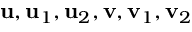
\mathbf { u } , \mathbf { u } _ { 1 } , \mathbf { u } _ { 2 } , \mathbf { v } , \mathbf { v } _ { 1 } , \mathbf { v } _ { 2 }